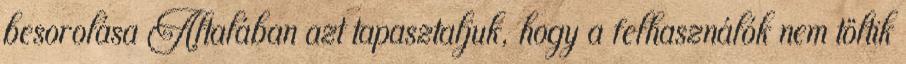
besorolása Általában azt tapasztaljuk, hogy a felhasználók nem töltik